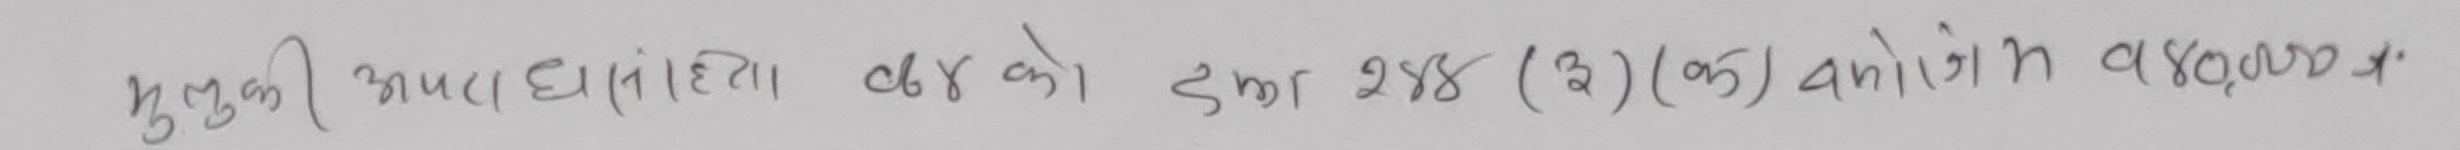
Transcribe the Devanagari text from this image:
भुक्तानी संहिता ४०३ धारा २४४ (३) (क) अधीन १,४०,०००/-